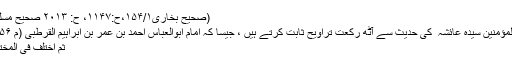
(صحیح بخاری۱۵۴/۱،ح:۱۱۴۷، ح: ۲۰۱۳ صحیح مسلم ۲۵۴/۱: ۷۳۸).
جمہور علماء ام المؤمنین سیدہ عائشہ ؓ کی حدیث سے آٹھ رکعت تراویح ثابت کرتے ہیں ، جیسا کہ امام ابوالعباس احمد بن عمر بن ابراہیم القرطبی (م ۶۵۶ھ) لکھتے ہیں :
ثمّ اختلف فی المختار من عدد القیام ۔